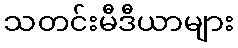
သတင်းမီဒီယာများ